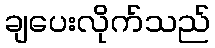
ချပေးလိုက်သည်